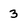
Character: 3